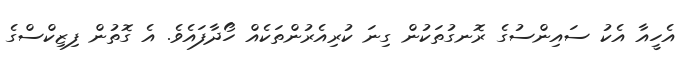
އެހީއާ އެކު ސައިންސުގެ ރޮނގުތަކުން ގިނަ ކުރިއެރުންތަކެއް ހޯދާފައެވެ. އެ ގޮތުން ފިޒިކްސްގެ